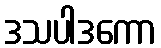
ဒသပါဒကော